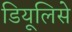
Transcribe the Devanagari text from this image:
डियूलिसे